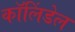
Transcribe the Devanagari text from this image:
कॉलिंडेल